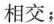
相交；